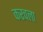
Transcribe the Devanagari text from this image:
करचला